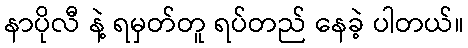
နာပိုလီ နဲ့ ရမှတ်တူ ရပ်တည် နေခဲ့ ပါတယ်။